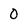
Character: 0